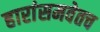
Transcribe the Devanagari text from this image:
हारांसमवेतच